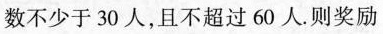
数不少于30人，且不超过60人。则奖励